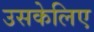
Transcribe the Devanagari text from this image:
उसकेलिए